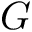
G